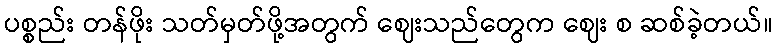
ပစ္စည်း တန်ဖိုး သတ်မှတ်ဖို့အတွက် ဈေးသည်တွေက ဈေး စ ဆစ်ခဲ့တယ်။